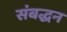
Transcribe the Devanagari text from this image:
संबद्धन